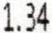
1.34